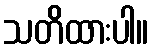
သတိထားပါ။